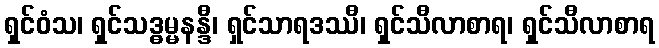
ရှင်ဝံသ၊ ရှင်သဒ္ဓမ္မနန္ဒီ၊ ရှင်သာရဒဿီ၊ ရှင်သီလာစာရ၊ ရှင်သီလာစာရ